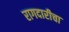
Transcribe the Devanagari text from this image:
रागदारीचा